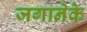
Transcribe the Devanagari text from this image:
जगानेके